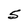
Character: 5